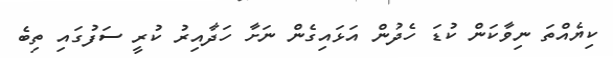
ކިޔެއްތަ ނިވާކަން ކުޑަ ހެދުން އަޅައިގެން ނަށާ ހަދާއިރު ކުރީ ސަފުގައި ތިބެ